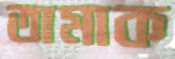
তামাক